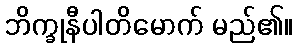
ဘိက္ခုနီပါတိမောက် မည်၏။